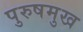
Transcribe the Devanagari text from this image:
पुरुषमुख